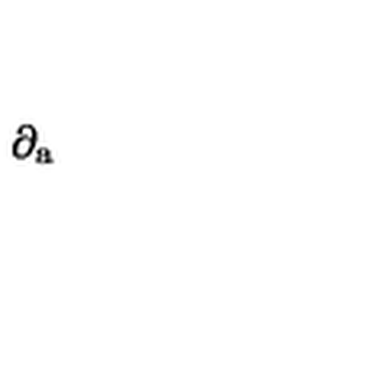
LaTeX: \partial _ { \mathrm { a } }